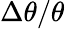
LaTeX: \Delta\theta/\theta